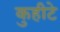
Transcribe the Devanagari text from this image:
कुहीटे